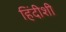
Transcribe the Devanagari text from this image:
हिंदीशी